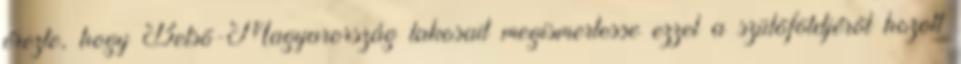
érezte, hogy Belsõ-Magyarország lakosait megismertesse ezzel a szülõföldjérõl hozott